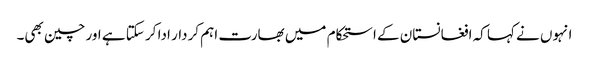
انہوں نے کہا کہ افغانستان کے استحکام میں بھارت اہم کردار ادا کر سکتا ہے اور چین بھی۔